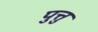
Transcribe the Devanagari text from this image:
पुत्तु